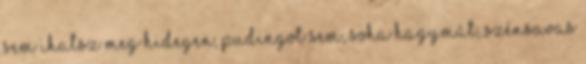
sem ihatsz meg hidegen, pudingot sem, soha Hagymát, szénsavas